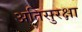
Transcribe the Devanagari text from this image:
अतिसुरक्षा